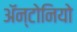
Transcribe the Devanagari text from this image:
ॲन्टोनियो